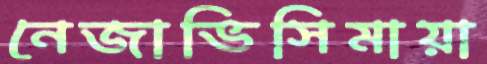
নেজাভিসিমায়া